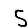
Digit: 5